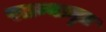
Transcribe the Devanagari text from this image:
स्तन्यामृत